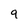
Character: 9